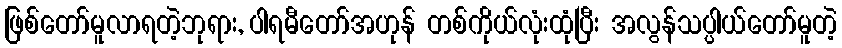
ဖြစ်တော်မူလာရတဲ့ဘုရား, ပါရမီတော်အဟုန် တစ်ကိုယ်လုံးထုံပြီး အလွန်သပ္ပါယ်တော်မူတဲ့